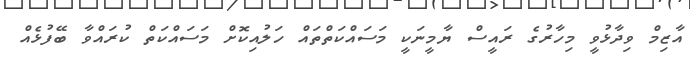
އާޒިމް ވިދާޅުވީ މިހާރުގެ ރައީސް ޔާމީނަކީ މަސައްކަތްތައް ހަލުއިކޮށް މަސައްކަތް ކުރައްވާ ބޭފުޅެއް